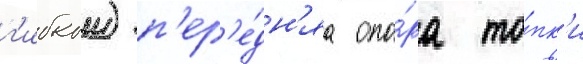
г'ибкои) п'ер'е́дн'яа опо́ра то́пк'и